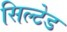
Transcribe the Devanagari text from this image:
सिल्टेड